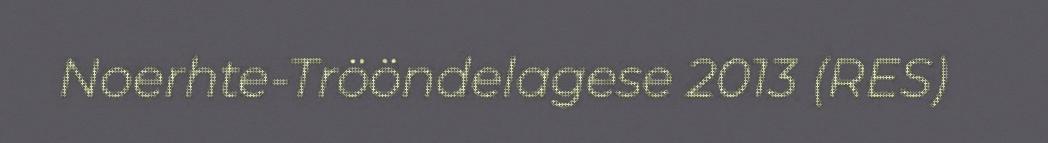
Noerhte-Trööndelagese 2013 (RES)